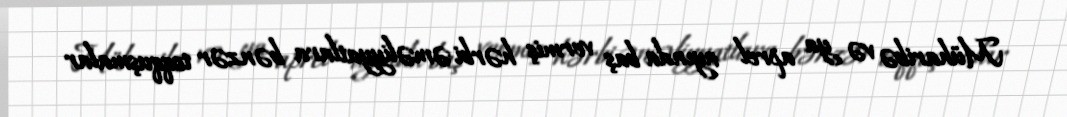
Müharibə və ya aprel ayında baş vermiş hərbi əməliyyatlara bənzər toqquşmalar